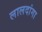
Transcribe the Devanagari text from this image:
लालदांगा